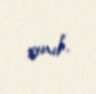
sınıb.